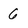
Character: 6